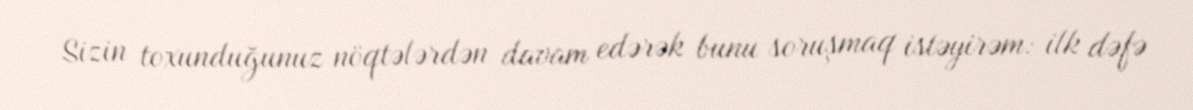
Sizin toxunduğunuz nöqtələrdən davam edərək bunu soruşmaq istəyirəm: ilk dəfə